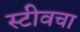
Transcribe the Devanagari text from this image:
स्टीवचा